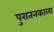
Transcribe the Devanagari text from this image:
पुरातनकाळा